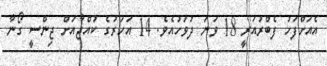
އެއަށްފަހު ފެބްރުއަރީ 18 ވަނަ ދުވަހުއެވެ. 14 އަހަރުގެ ކުއްޖާއަށް ޖިންސީ ގޯނާ